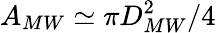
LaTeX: A_{MW}\simeq\pi D_{MW}^{2}/4